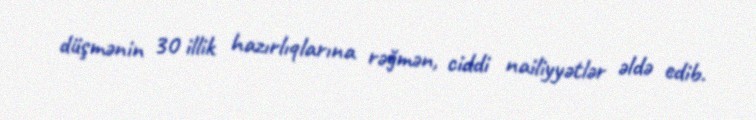
düşmənin 30 illik hazırlıqlarına rəğmən, ciddi nailiyyətlər əldə edib.